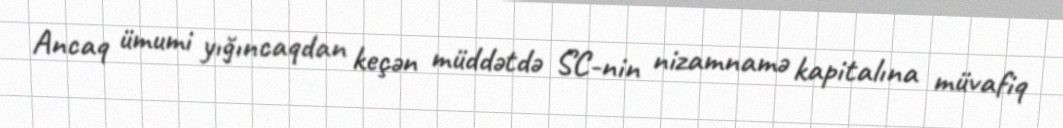
Ancaq ümumi yığıncaqdan keçən müddətdə SC-nin nizamnamə kapitalına müvafiq